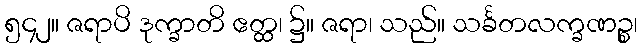
၅၄၂။ ဇရာပိ ဒုက္ခာတိ ဧတ္ထ၊ ၌။ ဇရာ၊ သည်။ သင်္ခတလက္ခဏဉ္စ၊